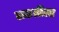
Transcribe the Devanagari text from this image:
लढतीला